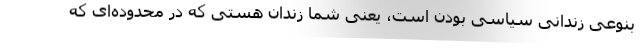
بنوعی زندانی سیاسی بودن است، یعنی شما زندان هستی که در محدوده‌ای که